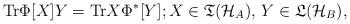
LaTeX: \begin{align*}\mathrm{Tr}\Phi [ X]Y=\mathrm{Tr}X\Phi ^{\ast }[Y];X\in \mathfrak{T}(\mathcal{H}_{A}),\,Y\in \mathfrak{L}(\mathcal{H}_{B}), \end{align*}